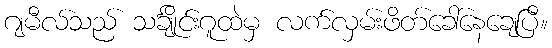
ဂျမီလ်သည် သင်္ချိုင်းဂူထဲမှ လက်လှမ်းဖိတ်ခေါ်နေချေပြီ။